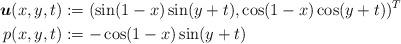
LaTeX: \begin{align*} \boldsymbol{u}(x, y, t) &:= (\sin(1 - x) \sin(y + t), \cos(1 - x)\cos(y + t))^T\\ p(x, y, t) &:= -\cos(1 - x) \sin(y + t) \end{align*}